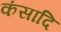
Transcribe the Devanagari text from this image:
कंसादि